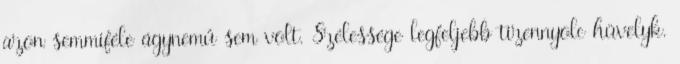
azon semmiféle ágynemű sem volt. Szélessége legfeljebb tizennyolc hüvelyk.